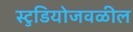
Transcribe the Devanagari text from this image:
स्टुडियोजवळील